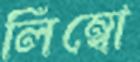
লিম্বো